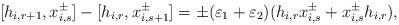
LaTeX: \begin{align*}[h_{i, r+1}, x_{i, s}^{\pm}] - [h_{i, r}, x_{i, s+1}^{\pm}] = \pm (\varepsilon_1 + \varepsilon_2) (h_{i, r} x_{i, s}^{\pm} + x_{i, s}^{\pm} h_{i, r}), \end{align*}